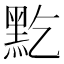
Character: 𪐜